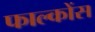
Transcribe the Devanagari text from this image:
फाल्कोंस